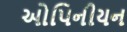
ઓપિનીયન